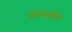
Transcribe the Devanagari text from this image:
सुधाताईंच्या